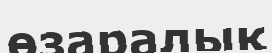
өзаралық